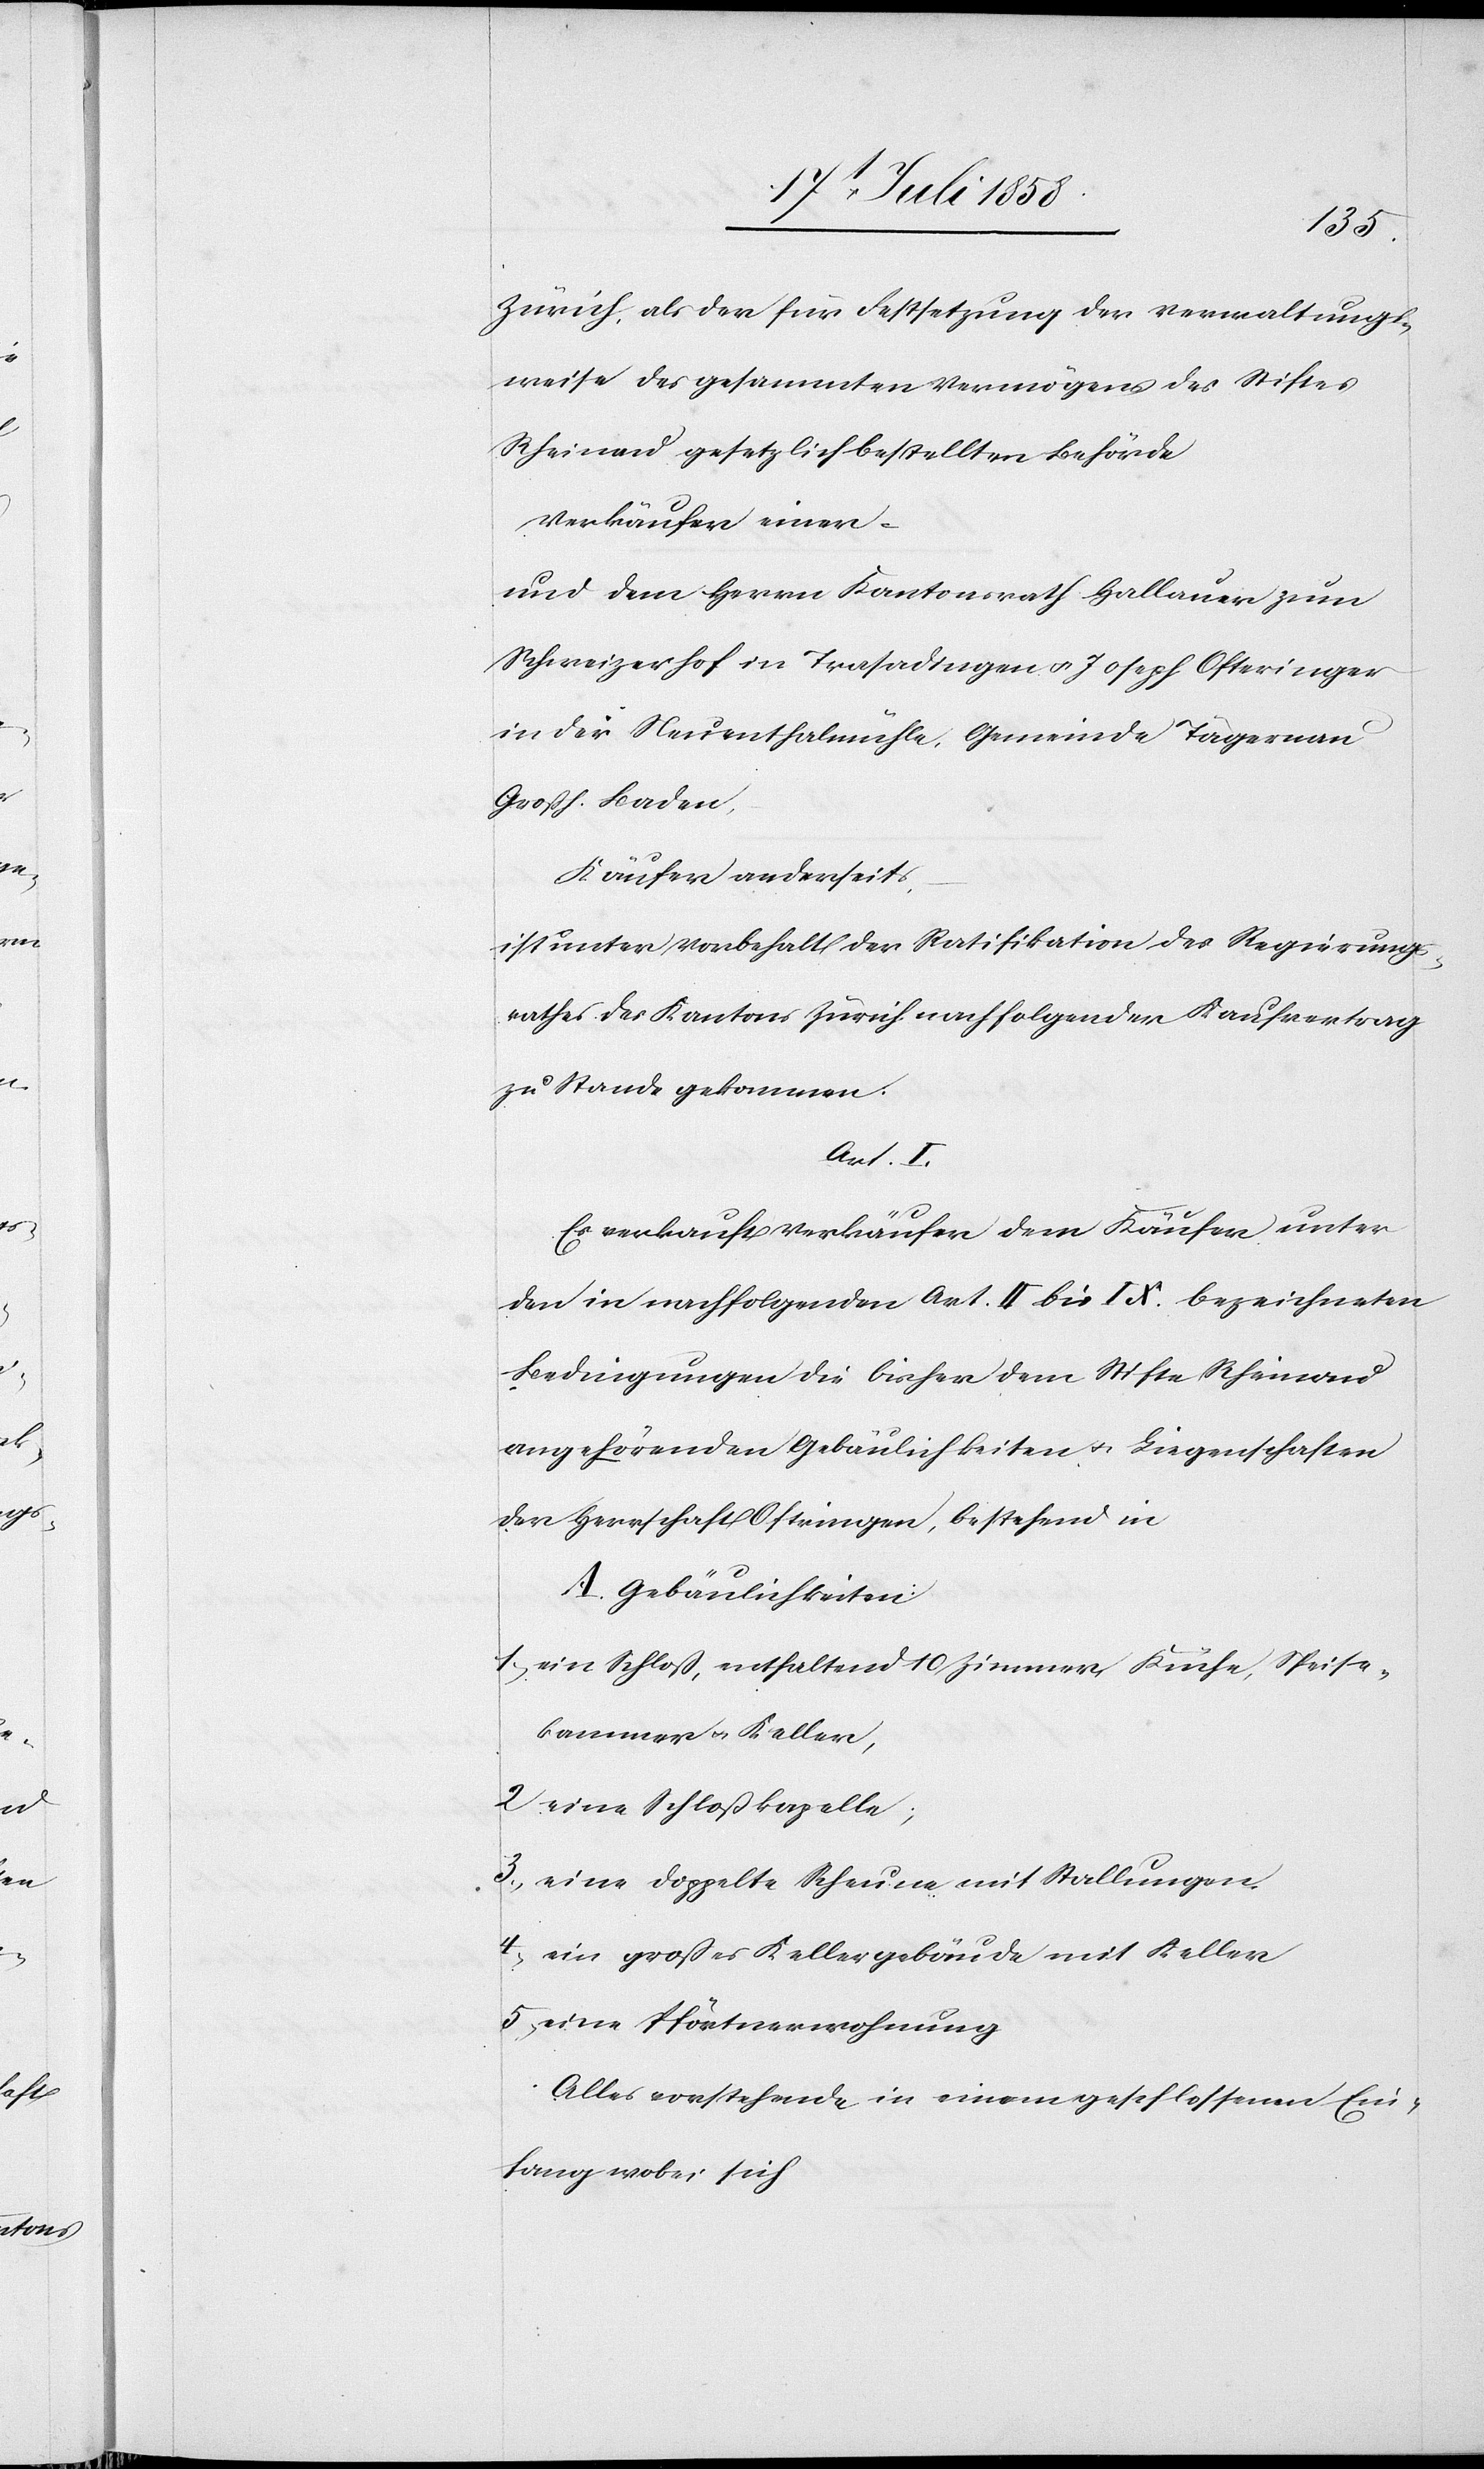
Zürich, als der für Festsetzung der Verwaltungs¬
weise des gesammten Vermögens des Stiftes
Rheinau gesetzlich bestellten Behörde
Verkäufer einer-
und dem Herrn Kantonsrath Hallauer zum
Schweizerhof in Trasadingen & Joseph Ofteringer
in der Neuenthalmühle, Gemeinde Tägernau
Großh. Baden,
Käufer anderseits,
ist unter Vorbehalt der Ratifikation des Regierungs¬
rathes des Kantons Zürich nachfolgender Kaufvertrag
zu Stande gekommen:
Art. I.
Es verkauft Verkäufer dem Käufer unter
den in nachfolgenden Art. II bis IX. bezeichneten
Bedingungen die bisher dem Stifte Rheinau
angehörenden Gebäulichkeiten & Liegenschaften
der Herrschaft Oftringen, bestehend in
A. Gebäulichkeiten:
1) ein Schloß, enthaltend 10 Zimmer, Küche, Speise¬
kammer & Keller,
2) eine Schloßkapelle;
3) eine doppelte Scheune mit Stallungen.
4) ein großes Kellergebäude mit Keller
5) eine Pförtnerwohnung
Alles vorstehende in einem geschlossenen Ein¬
fang wobei sich